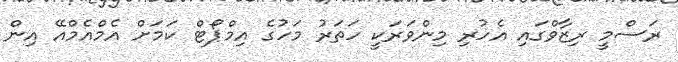
ރަސްމީ ރިޒާވްގައި އެހުރި މިންވަރަކީ ހަތަރު މަހުގެ އިމްޕޯޓް ކަމަށް އެމްއެމްއޭ އިން